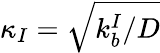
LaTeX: \kappa_{I}=\sqrt{k_{b}^{I}/D}